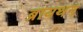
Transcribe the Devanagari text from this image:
ब्रायथन